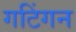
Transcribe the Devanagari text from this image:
गटिंगन